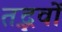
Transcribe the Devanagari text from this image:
तद्भवों